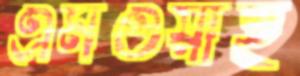
এমওয়াই